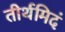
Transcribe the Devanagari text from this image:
तीर्थमिदं